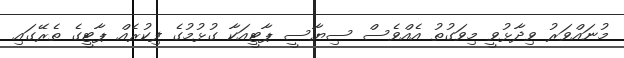
މުނައްވަރު ވިދާޅުވީ މިވަގުތު އެއްވެސް ސިޔާސީ ޕާޓީއަކާ ގުޅުމުގެ ފިކުރެއް ޕާޓީގެ ތެރޭގައި